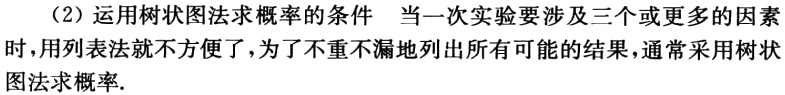
（2）运用树状图法求概率的条件 当一次实验要涉及三个或更多的因素时，用列表法就不方便了，为了不重不漏地列出所有可能的结果，通常采用树状图法求概率.